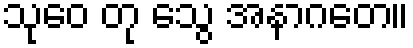
သုဝေ တု သွေ အနာဂတေ။